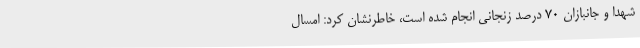
شهدا و جانبازان 70 درصد زنجانی انجام شده است، خاطرنشان کرد: امسال